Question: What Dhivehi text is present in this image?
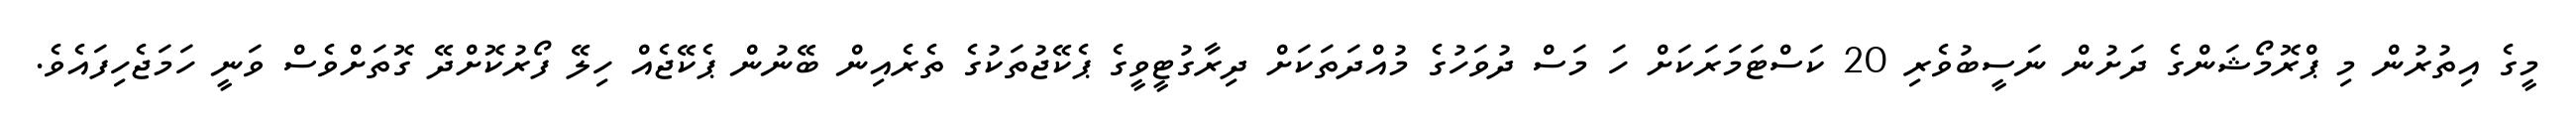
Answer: މީގެ އިތުރުން މި ޕްރޮމޯޝަންގެ ދަށުން ނަސީބުވެރި 20 ކަސްޓަމަރަކަށް ހަ މަސް ދުވަހުގެ މުއްދަތަކަށް ދިރާގުޓީވީގެ ޕެކޭޖުތަކުގެ ތެރެއިން ބޭނުން ޕެކޭޖެއް ހިލޭ ފޯރުކޮށްދޭ ގޮތަށްވެސް ވަނީ ހަމަޖެހިފައެވެ.